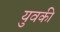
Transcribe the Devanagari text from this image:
युवकी